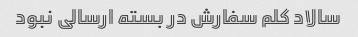
سالاد کلم سفارش در بسته ارسالی نبود